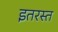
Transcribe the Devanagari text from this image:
इतरस्त